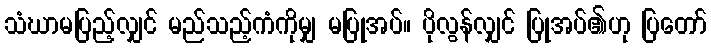
သံဃာမပြည့်လျှင် မည်သည့်ကံကိုမျှ မပြုအပ်။ ပိုလွန်လျှင် ပြုအပ်၏ဟု ပြတော်